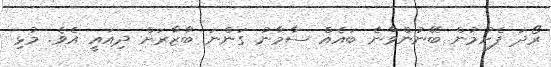
ރޯދަ ފެށުމުން ބޭނުންވާނެ ބައެއް ސާމާނު ގަންނަ ބާޒާރަށް ދިއައީ އެވެ. މުޅި